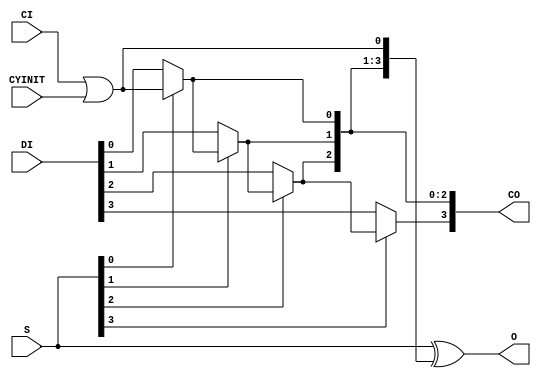
module CARRY4(
  (* abc9_carry *)
  output [3:0] CO,
  output [3:0] O,
  (* abc9_carry *)
  input        CI,
  input        CYINIT,
  input  [3:0] DI, S
);
  assign O = S ^ {CO[2:0], CI | CYINIT};
  assign CO[0] = S[0] ? CI | CYINIT : DI[0];
  assign CO[1] = S[1] ? CO[0] : DI[1];
  assign CO[2] = S[2] ? CO[1] : DI[2];
  assign CO[3] = S[3] ? CO[2] : DI[3];
  specify
    // https://github.com/SymbiFlow/prjxray-db/blob/34ea6eb08a63d21ec16264ad37a0a7b142ff6031/artix7/timings/CLBLL_L.sdf#L11-L46
    (CYINIT => O[0]) = 482;
    (S[0]   => O[0]) = 223;
    (CI     => O[0]) = 222;
    (CYINIT => O[1]) = 598;
    (DI[0]  => O[1]) = 407;
    (S[0]   => O[1]) = 400;
    (S[1]   => O[1]) = 205;
    (CI     => O[1]) = 334;
    (CYINIT => O[2]) = 584;
    (DI[0]  => O[2]) = 556;
    (DI[1]  => O[2]) = 537;
    (S[0]   => O[2]) = 523;
    (S[1]   => O[2]) = 558;
    (S[2]   => O[2]) = 226;
    (CI     => O[2]) = 239;
    (CYINIT => O[3]) = 642;
    (DI[0]  => O[3]) = 615;
    (DI[1]  => O[3]) = 596;
    (DI[2]  => O[3]) = 438;
    (S[0]   => O[3]) = 582;
    (S[1]   => O[3]) = 618;
    (S[2]   => O[3]) = 330;
    (S[3]   => O[3]) = 227;
    (CI     => O[3]) = 313;
    (CYINIT => CO[0]) = 536;
    (DI[0]  => CO[0]) = 379;
    (S[0]   => CO[0]) = 340;
    (CI     => CO[0]) = 271;
    (CYINIT => CO[1]) = 494;
    (DI[0]  => CO[1]) = 465;
    (DI[1]  => CO[1]) = 445;
    (S[0]   => CO[1]) = 433;
    (S[1]   => CO[1]) = 469;
    (CI     => CO[1]) = 157;
    (CYINIT => CO[2]) = 592;
    (DI[0]  => CO[2]) = 540;
    (DI[1]  => CO[2]) = 520;
    (DI[2]  => CO[2]) = 356;
    (S[0]   => CO[2]) = 512;
    (S[1]   => CO[2]) = 548;
    (S[2]   => CO[2]) = 292;
    (CI     => CO[2]) = 228;
    (CYINIT => CO[3]) = 580;
    (DI[0]  => CO[3]) = 526;
    (DI[1]  => CO[3]) = 507;
    (DI[2]  => CO[3]) = 398;
    (DI[3]  => CO[3]) = 385;
    (S[0]   => CO[3]) = 508;
    (S[1]   => CO[3]) = 528;
    (S[2]   => CO[3]) = 378;
    (S[3]   => CO[3]) = 380;
    (CI     => CO[3]) = 114;
  endspecify
endmodule